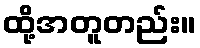
ထို့အတူတည်း။